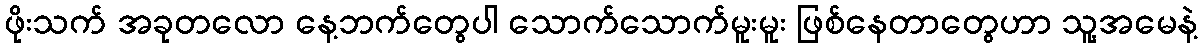
ဖိုးသက် အခုတလော နေ့ဘက်တွေပါ သောက်သောက်မူးမူး ဖြစ်နေတာတွေဟာ သူ့အမေနဲ့